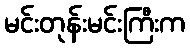
မင်းတုန်းမင်းကြီးက